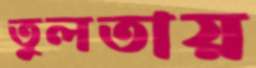
তুলতায়